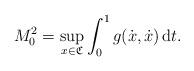
LaTeX: \begin{align*}M_0^2 = \sup_{x\in {\mathfrak C}}\int_0^1 g(\dot x,\dot x)\,\mathrm dt.\end{align*}